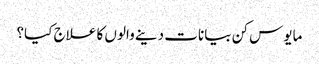
مایوس کن بیانات دینے والوں کا علاج کیا؟